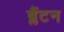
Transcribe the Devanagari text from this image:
ब्लैंटन